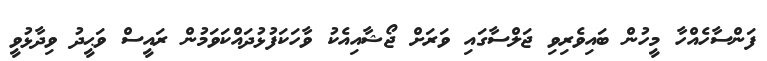
ފަންސާހެއްހާ މީހުން ބައިވެރިވި ޖަލްސާގައި ވަރަށް ޖޯޝާއިއެކު ވާހަކަފުޅުދައްކަވަމުން ރައީސް ވަޙީދު ވިދާޅުވީ